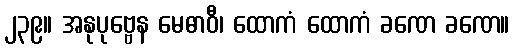
၂၃၉။ အနုပုဗ္ဗေန မေဓာဝီ၊ ထောကံ ထောကံ ခဏေ ခဏေ။